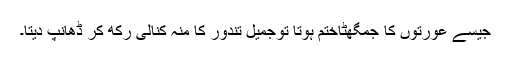
جیسے عورتوں کا جمگھٹاختم ہوتا توجمیل تندور کا منہ کُنالی رکھ کر ڈھانپ دیتا۔